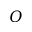
O